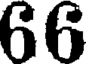
66